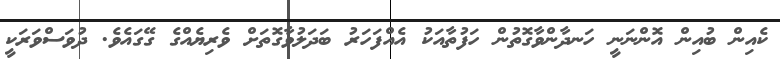
ކެއިން ބުއިން އޮންނަނީ ހަނދާންވާގޮތުން ހަފުތާއަކު އެއްފަހަރު ބަދަލުވާގޮތަށް ވެރިޔެއްގެ ގޭގައެވެ. ދުވަސްވަރަކީ